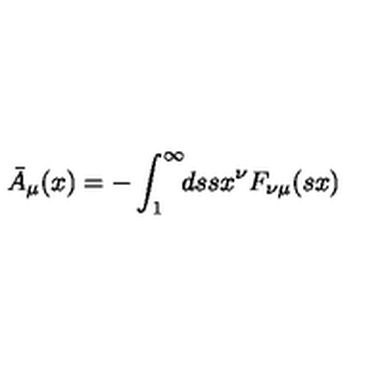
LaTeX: \bar { A } _ { \mu } ( x ) = - \int _ { 1 } ^ { \infty } \! \! d s s x ^ { \nu } F _ { \nu \mu } ( s x )